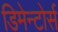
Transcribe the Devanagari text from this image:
डिमेन्टोर्स